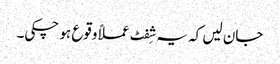
جان لیں کہ یہ شِفٹ عملاً وقوع ہو چکی۔